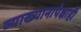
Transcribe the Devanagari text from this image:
व्याख्यानापेक्षाही